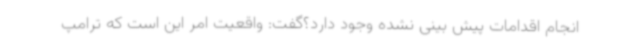
انجام اقدامات پیش بینی نشده وجود دارد؟گفت: واقعیت امر این است که ترامپ